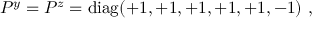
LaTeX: P ^ { y } = P ^ { z } = \mathrm { d i a g } ( + 1 , + 1 , + 1 , + 1 , + 1 , - 1 ) ~ , ~ \,